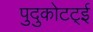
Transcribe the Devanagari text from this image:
पुदुकोटट्ई